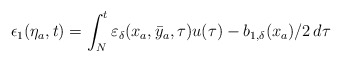
\begin{align*}\epsilon_1(\eta_a,t)= \int_{N}^{t} \varepsilon_\delta({x}_a,\bar{y}_a,\tau)u(\tau)-b_{1,\delta}(x_a)/2 \,d \tau\end{align*}